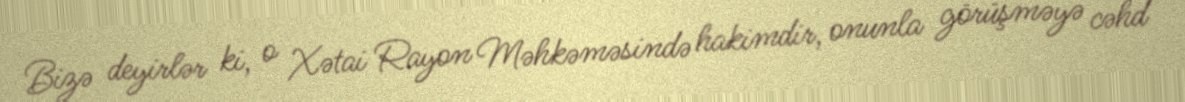
Bizə deyirlər ki, o Xətai Rayon Məhkəməsində hakimdir, onunla görüşməyə cəhd